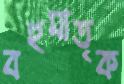
বহুমাতৃক